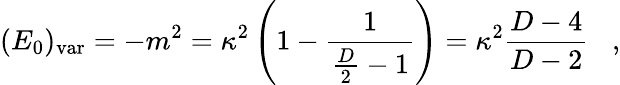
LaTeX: (E_{0})_{\mathrm{var}}=-m^{2}=\kappa^{2}\left(1-{\frac{1}{{\frac{D}{2}}-1}}\right)=\kappa^{2}{\frac{D-4}{D-2}}\; \; \; ,